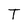
Character: T